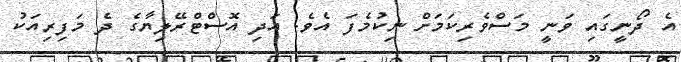
އެ ދޯނީގައި ވަނީ މަސްވެރިކަމަށް ނިކުމެފަ އެވެ. އަދި އޮސްޓްރޭލިޔާގެ ދެ މަފިރިއަކު